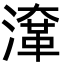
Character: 㵮